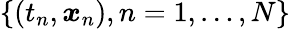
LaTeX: \{ (t_{n},\boldsymbol{x}_{n}),n=1,\ldots,N\}